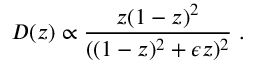
D ( z ) \propto \frac { z ( 1 - z ) ^ { 2 } } { ( ( 1 - z ) ^ { 2 } + \epsilon z ) ^ { 2 } } \; .